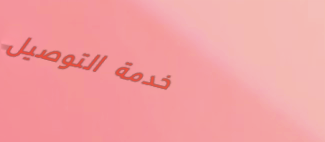
خدمة التوصيل